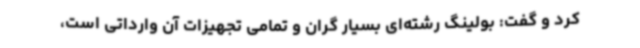
کرد و گفت: بولینگ رشته‌ای بسیار گران و تمامی تجهیزات آن وارداتی است،